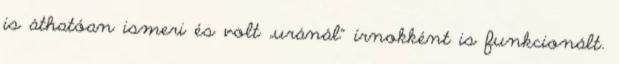
is áthatóan ismeri és volt „uránál” írnokként is funkcionált.